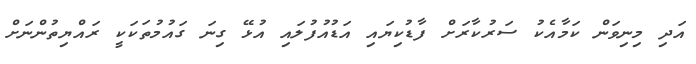
އަދި މިނިވަން ކަމާއެކު ސަރުކާރަށް ފާޑުކިޔައި އަޑުއުފުލައި އުޅޭ ގިނަ ގައުމުތަކަކީ ރައްޔިތުންނަށް